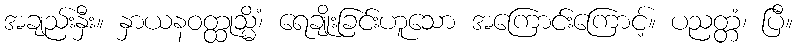
အချည်းနှီး။ နှာယနဝတ္ထုသ္မိံ၊ ရေချိုးခြင်းဟူသော အကြောင်းကြောင့်။ ပညတ္တံ၊ ပြီ။